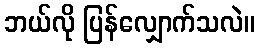
ဘယ်လို ပြန်လျှောက်သလဲ။